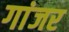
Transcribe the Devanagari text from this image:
गांजर